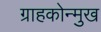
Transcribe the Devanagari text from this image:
ग्राहकोन्मुख